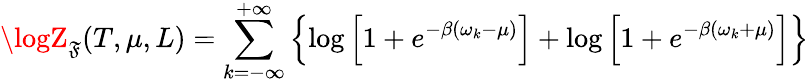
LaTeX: \logZ_{\mathfrak{F}}(T,\mu,L)=\sum_{k=-\infty}^{+\infty}\left\{ \log\left[1+e^{-\beta(\omega_{k}-\mu)}\right]+\log\left[1+e^{-\beta(\omega_{k}+\mu)}\right]\right\}